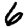
Digit: 6